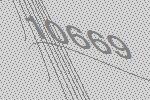
10669